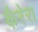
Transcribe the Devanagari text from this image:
कैरेरा